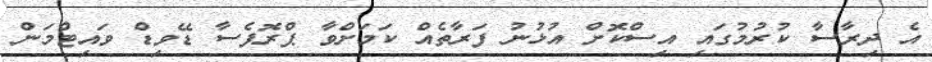
އެ ދިރާސާ ކުރުމުގައި އިސްކޮށް އުޅުނު ފަރާތެއް ކަމަށްވާ ޕްރޮފެސާ ޑޭވިޑް ވައިޓްމަން